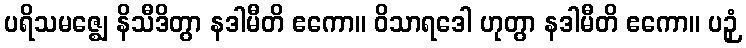
ပရိသမဇ္ဈေ နိသီဒိတွာ နဒါမီတိ ဧကော။ ဝိသာရဒေါ ဟုတွာ နဒါမီတိ ဧကော။ ပဉှံ